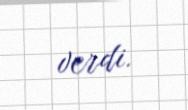
verdi.